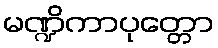
မဏ္ဍိကာပုတ္တော